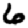
Digit: 6